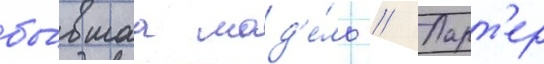
бы́вшаа мод'е́ль // Ларт'ер